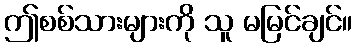
ဤစစ်သားများကို သူ မမြင်ချင်။